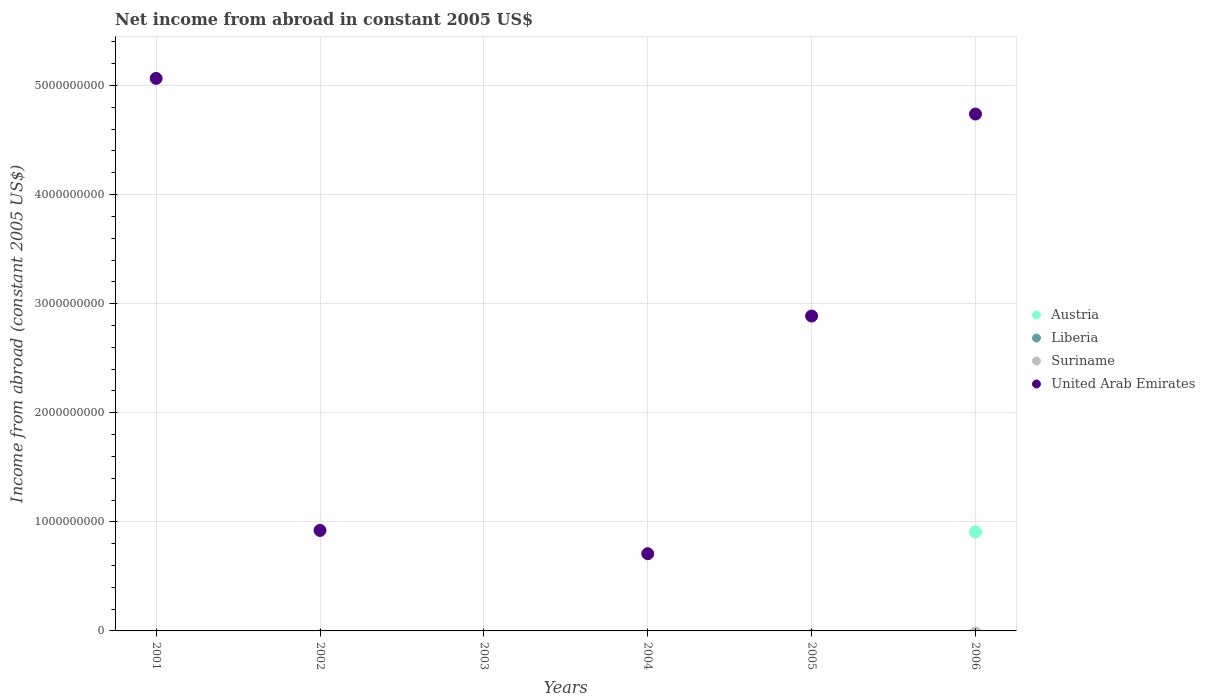
| Years | Austria | Liberia | Suriname | United Arab Emirates |
 | --- | --- | --- | --- | --- |
 | 2001 | -2.6e+09 | -1.56e+08 | -8e+07 | 5.06e+09 |
 | 2002 | -1.03e+09 | -1.64e+08 | -4.36e+07 | 9.21e+08 |
 | 2003 | -4.99e+08 | -1.53e+08 | -4.85e+07 | -5.45e+07 |
 | 2004 | -4.49e+08 | -1.66e+08 | -6.29e+07 | 7.08e+08 |
 | 2005 | -9.89e+08 | -1.56e+08 | -4.04e+07 | 2.89e+09 |
 | 2006 | 9.08e+08 | -1.52e+08 | -1.99e+07 | 4.74e+09 |